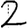
Digit: 2